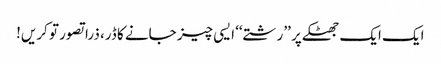
ایک ایک جھٹکے پر ’’رشتے‘‘ ایسی چیز جانے کا ڈر، ذرا تصور تو کریں!